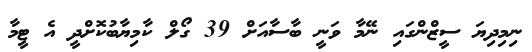
ނިމިދިޔަ ސީޒްންގައި ނޭމާ ވަނީ ބާސާއަށް 39 ގޯލް ކާމިޔާބުކޮށްދީ އެ ޓީމާ